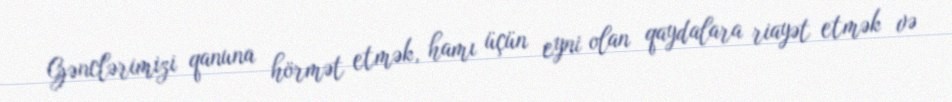
Gənclərimizi qanuna hörmət etmək, hamı üçün eyni olan qaydalara riayət etmək və